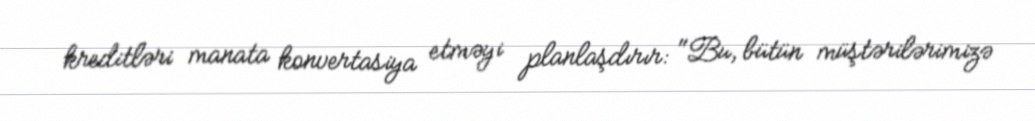
kreditləri manata konvertasiya etməyi planlaşdırır: "Bu, bütün müştərilərimizə